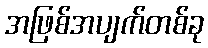
အဖြစ်အပျက်တစ်ခု